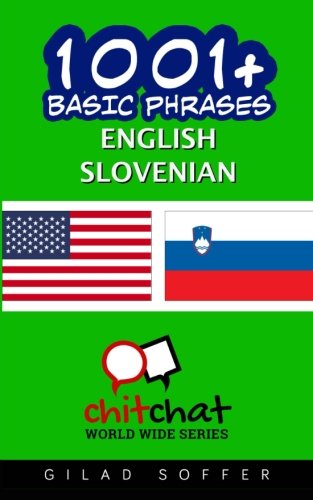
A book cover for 1001+ Basic Phrases English - Slovenian; Gilad Soffer; Travel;